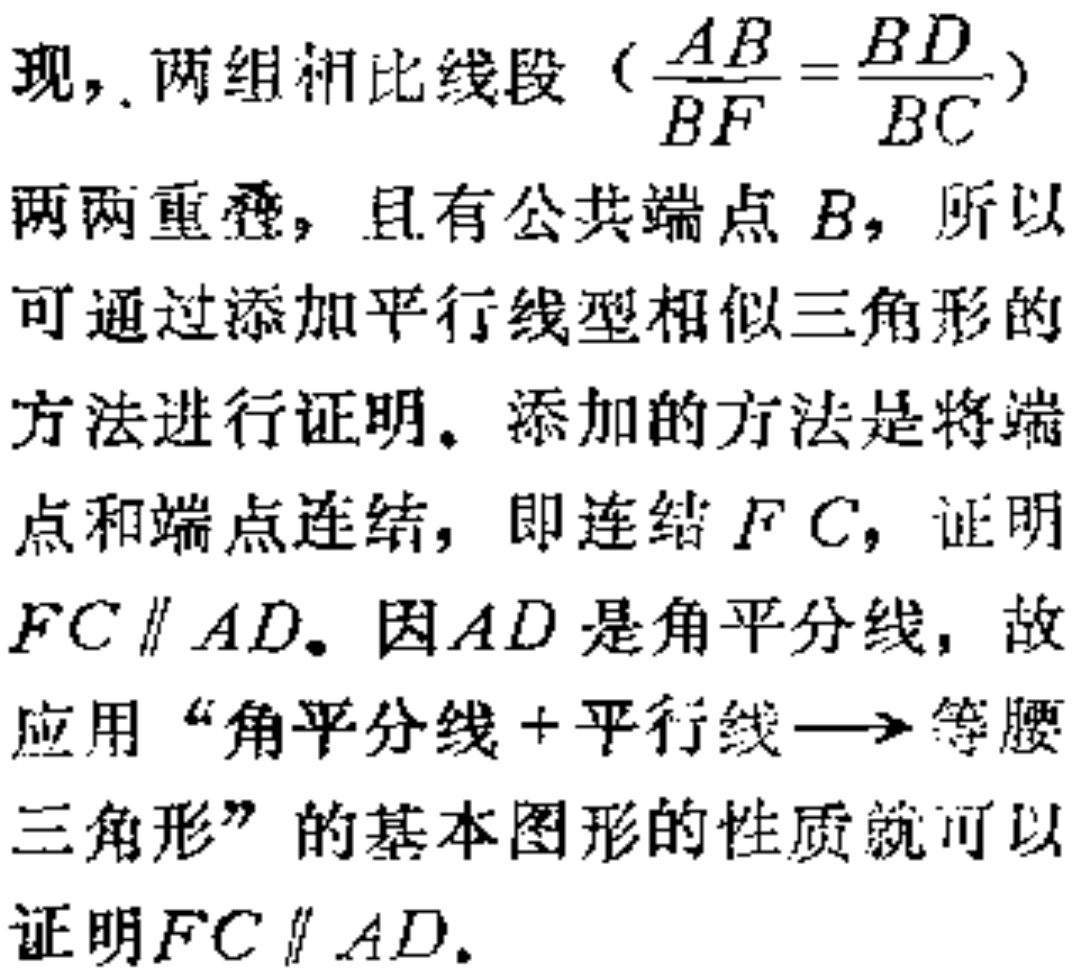
现，两组相比线段（$\frac{AB}{BF}=\frac{BD}{BC}$）
两两重叠，且有公共端点$B$，所以
可通过添加平行线型相似三角形的
方法进行证明。添加的方法是将端
点和端点连结，即连结$F C$，证明
$FC\parallel AD$。因$AD$是角平分线，故
应用“角平分线+平行线$\longrightarrow$等腰
三角形”的基本图形的性质就可以
证明$FC\parallel AD$。